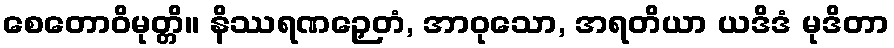
စေတောဝိမုတ္တိ။ နိဿရဏဉှေတံ, အာဝုသော, အရတိယာ ယဒိဒံ မုဒိတာ